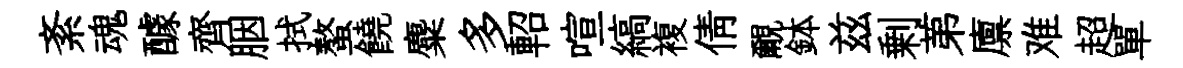
紊魂醵齊胭拭螯饒麋多軺喧縞複倩覼鉢兹剰苐廪难超單